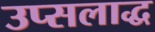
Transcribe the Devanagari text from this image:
उप्सलाद्ध